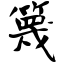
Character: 篾